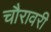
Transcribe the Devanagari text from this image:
चौरावरी